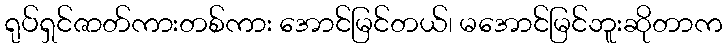
ရုပ်ရှင်ဇာတ်ကားတစ်ကား အောင်မြင်တယ်၊ မအောင်မြင်ဘူးဆိုတာက